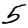
Digit: 5